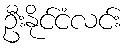
ဦးနိုင်ငံလင်း